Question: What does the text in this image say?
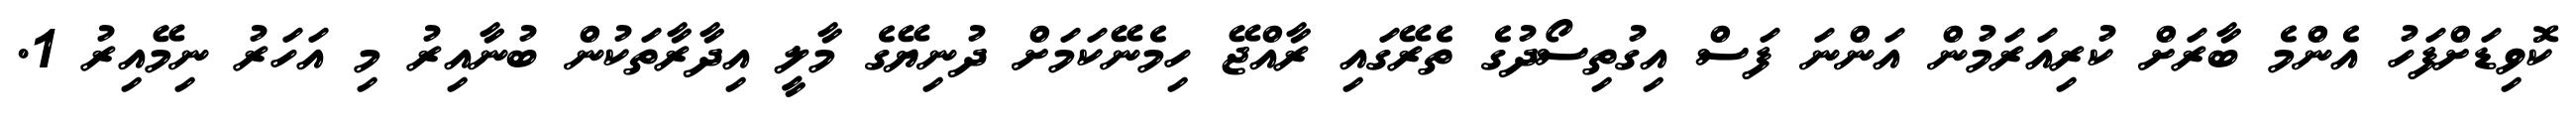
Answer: ކޮވިޑަށްފަހު އެންމެ ބާރަށް ކުރިއަރަމުން އަންނަ ފަސް އިގުތިސޯދުގެ ތެރޭގައި ރާއްޖޭ ހިމެނޭކަމަށް ދުނިޔޭގެ މާލީ އިދާރާތަކުން ބުނާއިރު މި އަހަރު ނިމޭއިރު 1.